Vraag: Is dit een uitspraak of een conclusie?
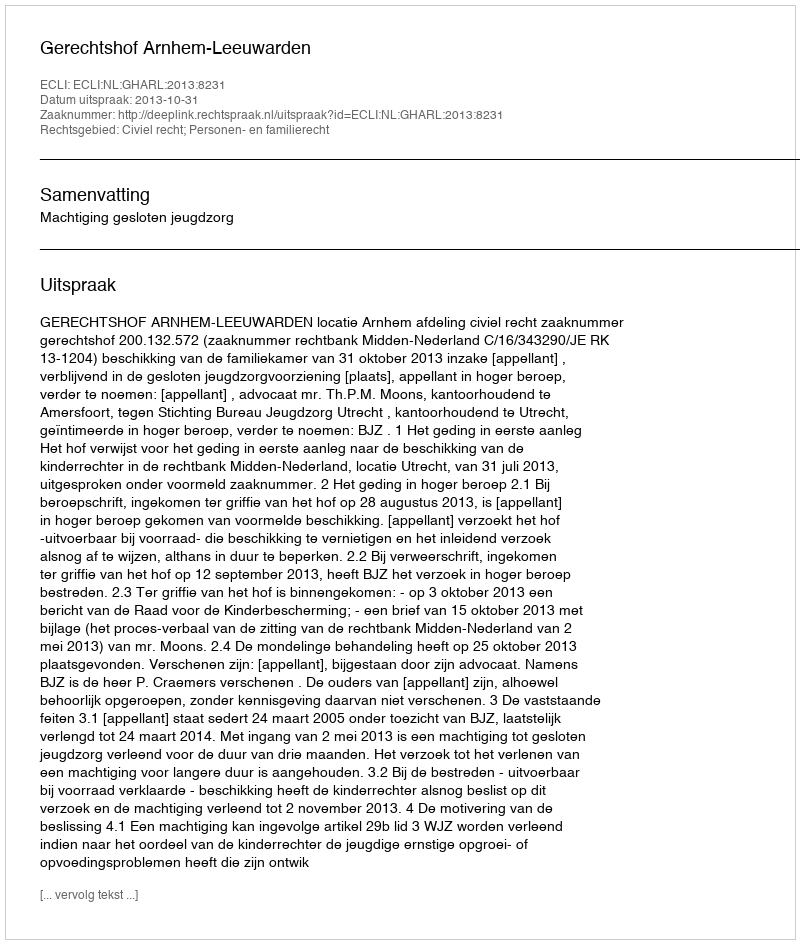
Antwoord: Uitspraak